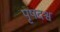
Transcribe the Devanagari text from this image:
पृषदश्व